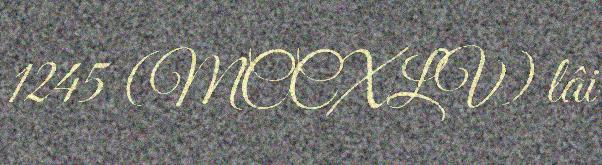
1245 (MCCXLV) lâi